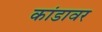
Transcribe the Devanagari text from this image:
कांडावर